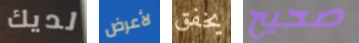
لديك لأعرض يخفق صحيح